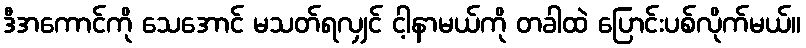
ဒီအကောင်ကို သေအောင် မသတ်ရလျှင် ငါ့နာမယ်ကို တခါထဲ ပြောင်းပစ်လိုက်မယ်။